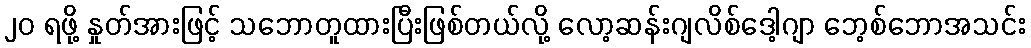
၂၀ ရဖို့ နှုတ်အားဖြင့် သဘောတူထားပြီးဖြစ်တယ်လို့ လော့ဆန်းဂျလိစ်ဒေါ့ဂျာ ဘေ့စ်ဘောအသင်း